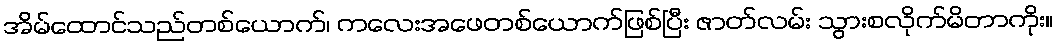
အိမ်ထောင်သည်တစ်ယောက်၊ ကလေးအဖေတစ်ယောက်ဖြစ်ပြီး ဇာတ်လမ်း သွားစလိုက်မိတာကိုး။